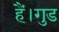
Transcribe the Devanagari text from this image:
हैं।गुड